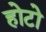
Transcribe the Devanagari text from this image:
होटो